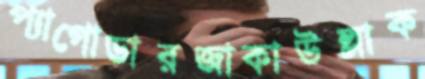
প্যাগোডারজাকাউল্লাক